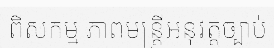
ពីសកម្ម ភាពមន្ត្រីអនុវត្តច្បាប់